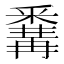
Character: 𨤚